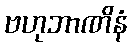
ဗဟုဘာဏိနံ